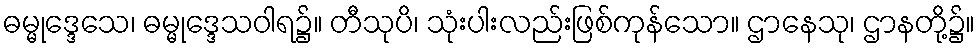
ဓမ္မုဒ္ဒေသေ၊ ဓမ္မုဒ္ဒေသဝါရ၌။ တီသုပိ၊ သုံးပါးလည်းဖြစ်ကုန်သော။ ဌာနေသု၊ ဌာနတို့၌။